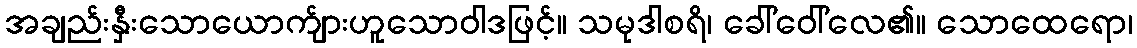
အချည်းနှီးသောယောက်ျားဟူသောဝါဒဖြင့်။ သမုဒါစရိ၊ ခေါ်ဝေါ်လေ၏။ သောထေရော၊